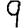
Digit: 9